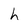
Character: h